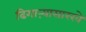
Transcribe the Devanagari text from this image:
ढिगाऱ्यासारखे